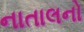
નાતાલનો